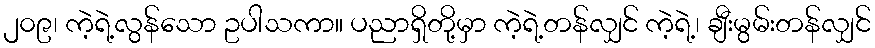
၂၀၉၊ ကဲ့ရဲ့လွန်သော ဥပါသကာ။ ပညာရှိတို့မှာ ကဲ့ရဲ့တန်လျှင် ကဲ့ရဲ့၊ ချီးမွမ်းတန်လျှင်